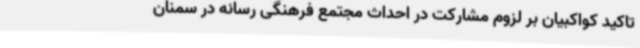
تاکید کواکبیان بر لزوم مشارکت در احداث مجتمع فرهنگی رسانه در سمنان